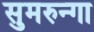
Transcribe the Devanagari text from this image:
सुमरुन्गा